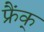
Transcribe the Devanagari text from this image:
फ्रैंक्